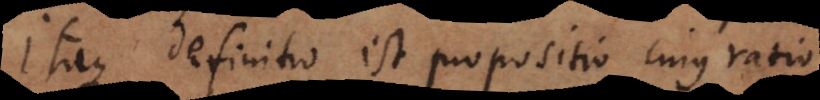
Itaque definitio est propositio cujus ratio